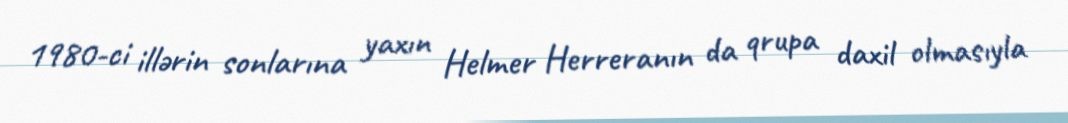
1980-ci illərin sonlarına yaxın Helmer Herreranın da qrupa daxil olmasıyla